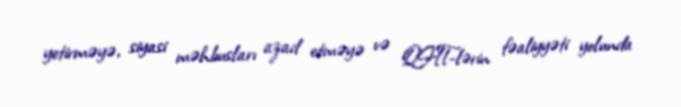
yetirməyə, siyasi məhbusları azad etməyə və QHT-lərin fəaliyyəti yolunda